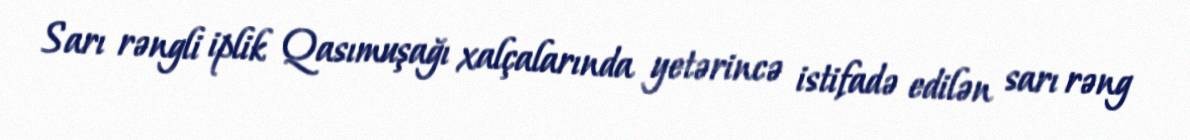
Sarı rəngli iplik Qasımuşağı xalçalarında yetərincə istifadə edilən sarı rəng